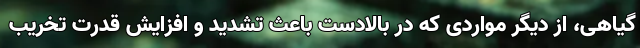
گیاهی، از دیگر مواردی که در بالادست باعث تشدید و افزایش قدرت تخریب